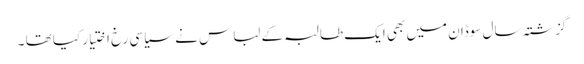
گزشتہ سال سوڈان میں بھی ایک طالبہ کے لباس نے سیاسی رخ اختیار کیا تھا ۔